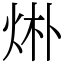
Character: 烞